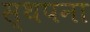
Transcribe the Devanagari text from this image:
स्‍थपना